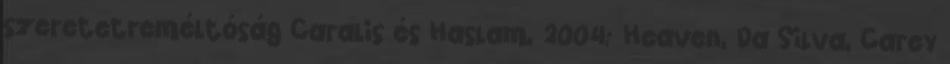
szeretetreméltóság Caralis és Haslam, 2004; Heaven, Da Silva, Carey